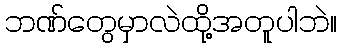
ဘဏ်တွေမှာလဲထို့အတူပါဘဲ။